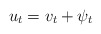
\begin{align*}u_t = v_t + \psi_t\end{align*}